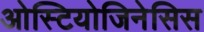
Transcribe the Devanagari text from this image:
ओस्टियोजिनेसिस